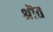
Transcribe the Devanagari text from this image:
श्रॊत